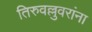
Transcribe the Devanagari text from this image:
तिरुवल्लुवरांना